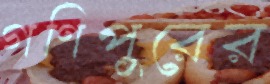
গণিপুরের